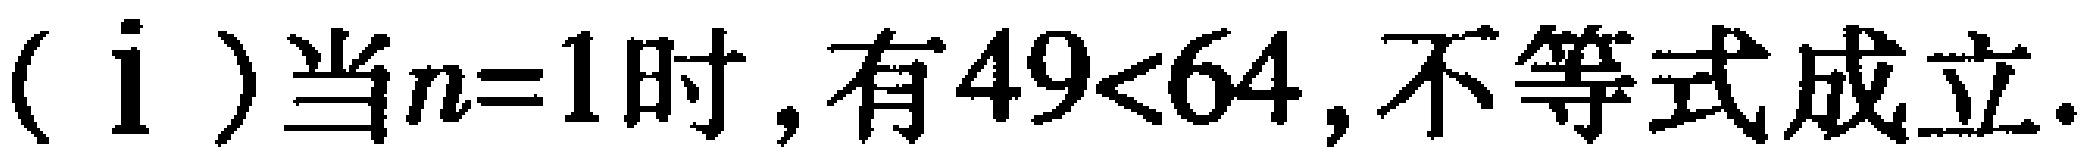
(i) 当\(n = 1\)时，有\(49<64\)，不等式成立.